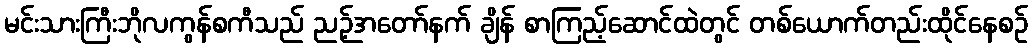
မင်းသားကြီးဘိုလကွန်စကီသည် ညဉ့်အတော်နက် ချိန် စာကြည့်ဆောင်ထဲတွင် တစ်ယောက်တည်းထိုင်နေစဉ်